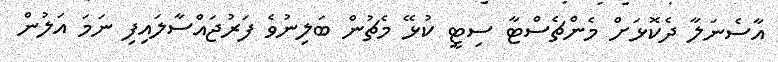
އާސެނަލާ ދެކޮޅަށް މެންޗެސްޓާ ސިޓީ ކުޅޭ މެޗުން ބަލިނުވެ ފަރުޖައްސާލައިފި ނަމަ އަލުން